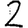
Digit: 2